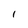
Character: I